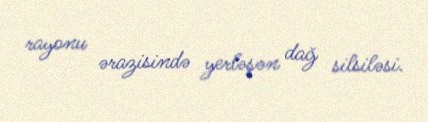
rayonu ərazisində yerləşən dağ silsiləsi.